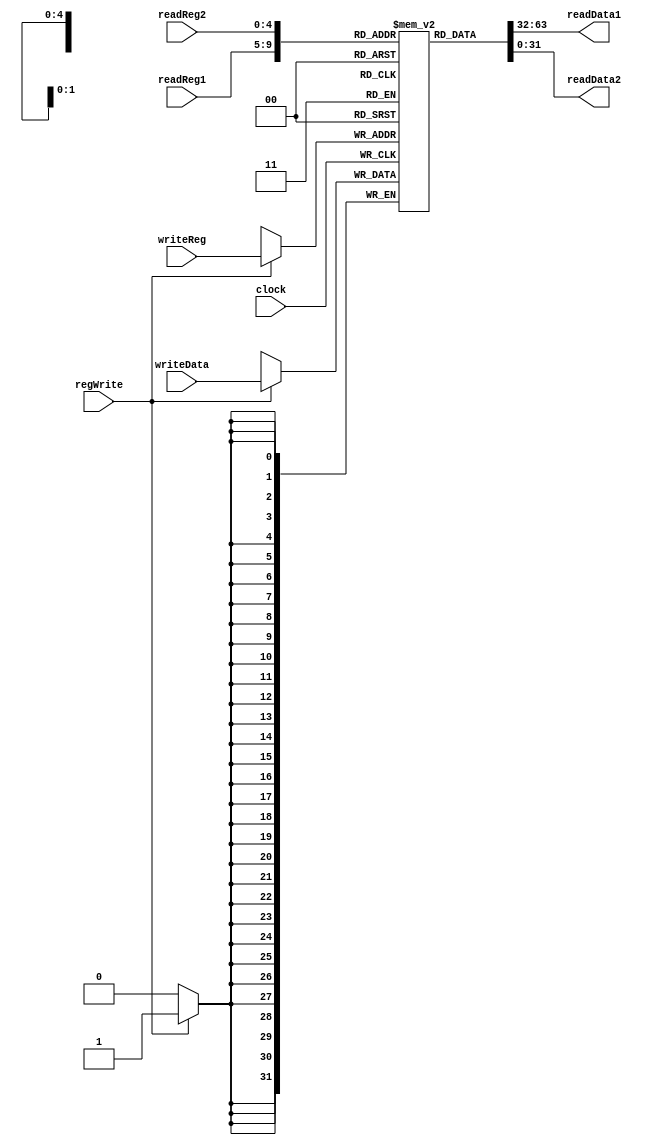
module REGBANK_banco_1 #(parameter addr_bits=5, word_wide=32)(
	input clock,
	input regWrite,
	input [addr_bits-1:0] readReg1,
	input [addr_bits-1:0] readReg2,
	input [addr_bits-1:0] writeReg,
	input [word_wide-1:0] writeData,
	output [word_wide-1:0] readData1,
	output [word_wide-1:0] readData2
);
	localparam bank_depth = 1 << addr_bits;
	reg [word_wide-1:0] banco [bank_depth-1:0];
	assign readData1 = banco[readReg1];
	assign readData2 = banco[readReg2];
	always@(posedge clock) begin
		if (regWrite) begin
			banco[writeReg] = writeData;
		end
	end
endmodule